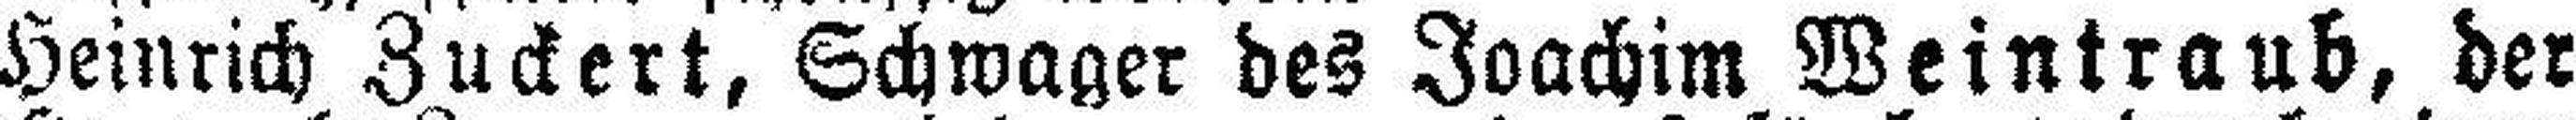
Heinrich Zuckert, Schwager des Joachim Weintraub, der